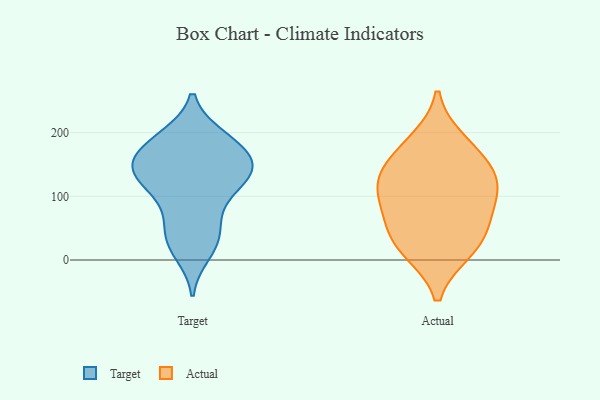
{"axis": {"x": "Operating Costs (USD K)", "y": "Value"}, "legend": ["Actual", "Target"], "data": [{"x": "", "y": 149, "type": "Target"}, {"x": "", "y": 39, "type": "Target"}, {"x": "", "y": 132, "type": "Target"}, {"x": "", "y": 193, "type": "Target"}, {"x": "", "y": 155, "type": "Target"}, {"x": "", "y": 177, "type": "Target"}, {"x": "", "y": 117, "type": "Target"}, {"x": "", "y": 23, "type": "Target"}, {"x": "", "y": 120, "type": "Target"}, {"x": "", "y": 82, "type": "Target"}, {"x": "", "y": 133, "type": "Target"}, {"x": "", "y": 155, "type": "Target"}, {"x": "", "y": 38, "type": "Target"}, {"x": "", "y": 146, "type": "Target"}, {"x": "", "y": 123, "type": "Target"}, {"x": "", "y": 193, "type": "Target"}, {"x": "", "y": 189, "type": "Target"}, {"x": "", "y": 163, "type": "Target"}, {"x": "", "y": 68, "type": "Target"}, {"x": "", "y": 11, "type": "Target"}, {"x": "", "y": 186, "type": "Actual"}, {"x": "", "y": 50, "type": "Actual"}, {"x": "", "y": 65, "type": "Actual"}, {"x": "", "y": 123, "type": "Actual"}, {"x": "", "y": 134, "type": "Actual"}, {"x": "", "y": 15, "type": "Actual"}, {"x": "", "y": 19, "type": "Actual"}, {"x": "", "y": 116, "type": "Actual"}, {"x": "", "y": 96, "type": "Actual"}, {"x": "", "y": 165, "type": "Actual"}]}